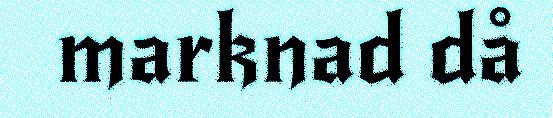
marknad då